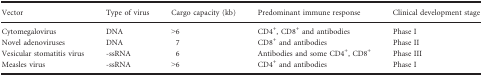
<table><thead><tr><td><b>Vector</b></td><td><b>Type of virus</b></td><td><b>Cargo capacity (kb)</b></td><td><b>Predominant immune response</b></td><td><b>Clinical development stage</b></td></tr></thead><tbody><tr><td>Cytomegalovirus</td><td>DNA</td><td>&gt;6</td><td>CD4<sup>+</sup>, CD8<sup>+</sup> and antibodies</td><td>Phase I</td></tr><tr><td>Novel adenoviruses</td><td>DNA</td><td>7</td><td>CD8<sup>+</sup> and antibodies</td><td>Phase II</td></tr><tr><td>Vesicular stomatitis virus</td><td>‐ssRNA</td><td>6</td><td>Antibodies and some CD4<sup>+</sup>, CD8<sup>+</sup></td><td>Phase III</td></tr><tr><td>Measles virus</td><td>‐ssRNA</td><td>&gt;6</td><td>CD4<sup>+</sup> and antibodies</td><td>Phase I</td></tr></tbody></table>